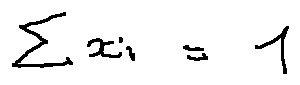
\sum x _ { i } = 1